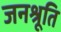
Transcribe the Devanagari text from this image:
जनश्रूति